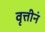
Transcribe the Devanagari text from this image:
वृत्तीनं